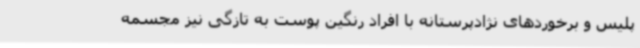
پلیس و برخوردهای نژادپرستانه با افراد رنگین پوست به تازگی نیز مجسمه